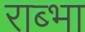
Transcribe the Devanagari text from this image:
राब्भा